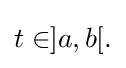
{\textstyle t\in ]a,b[.}